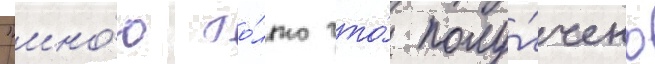
"мно́ю то́лько что́ полу́чено